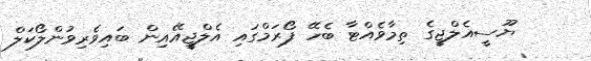
ޔޫސީއެލްޖީގެ ތިމާވެއްޓާ ބެހޭ ފޯރަމްގައި އެލްޖީއޭއިން ބައިވެރިވުންލޯކަލް